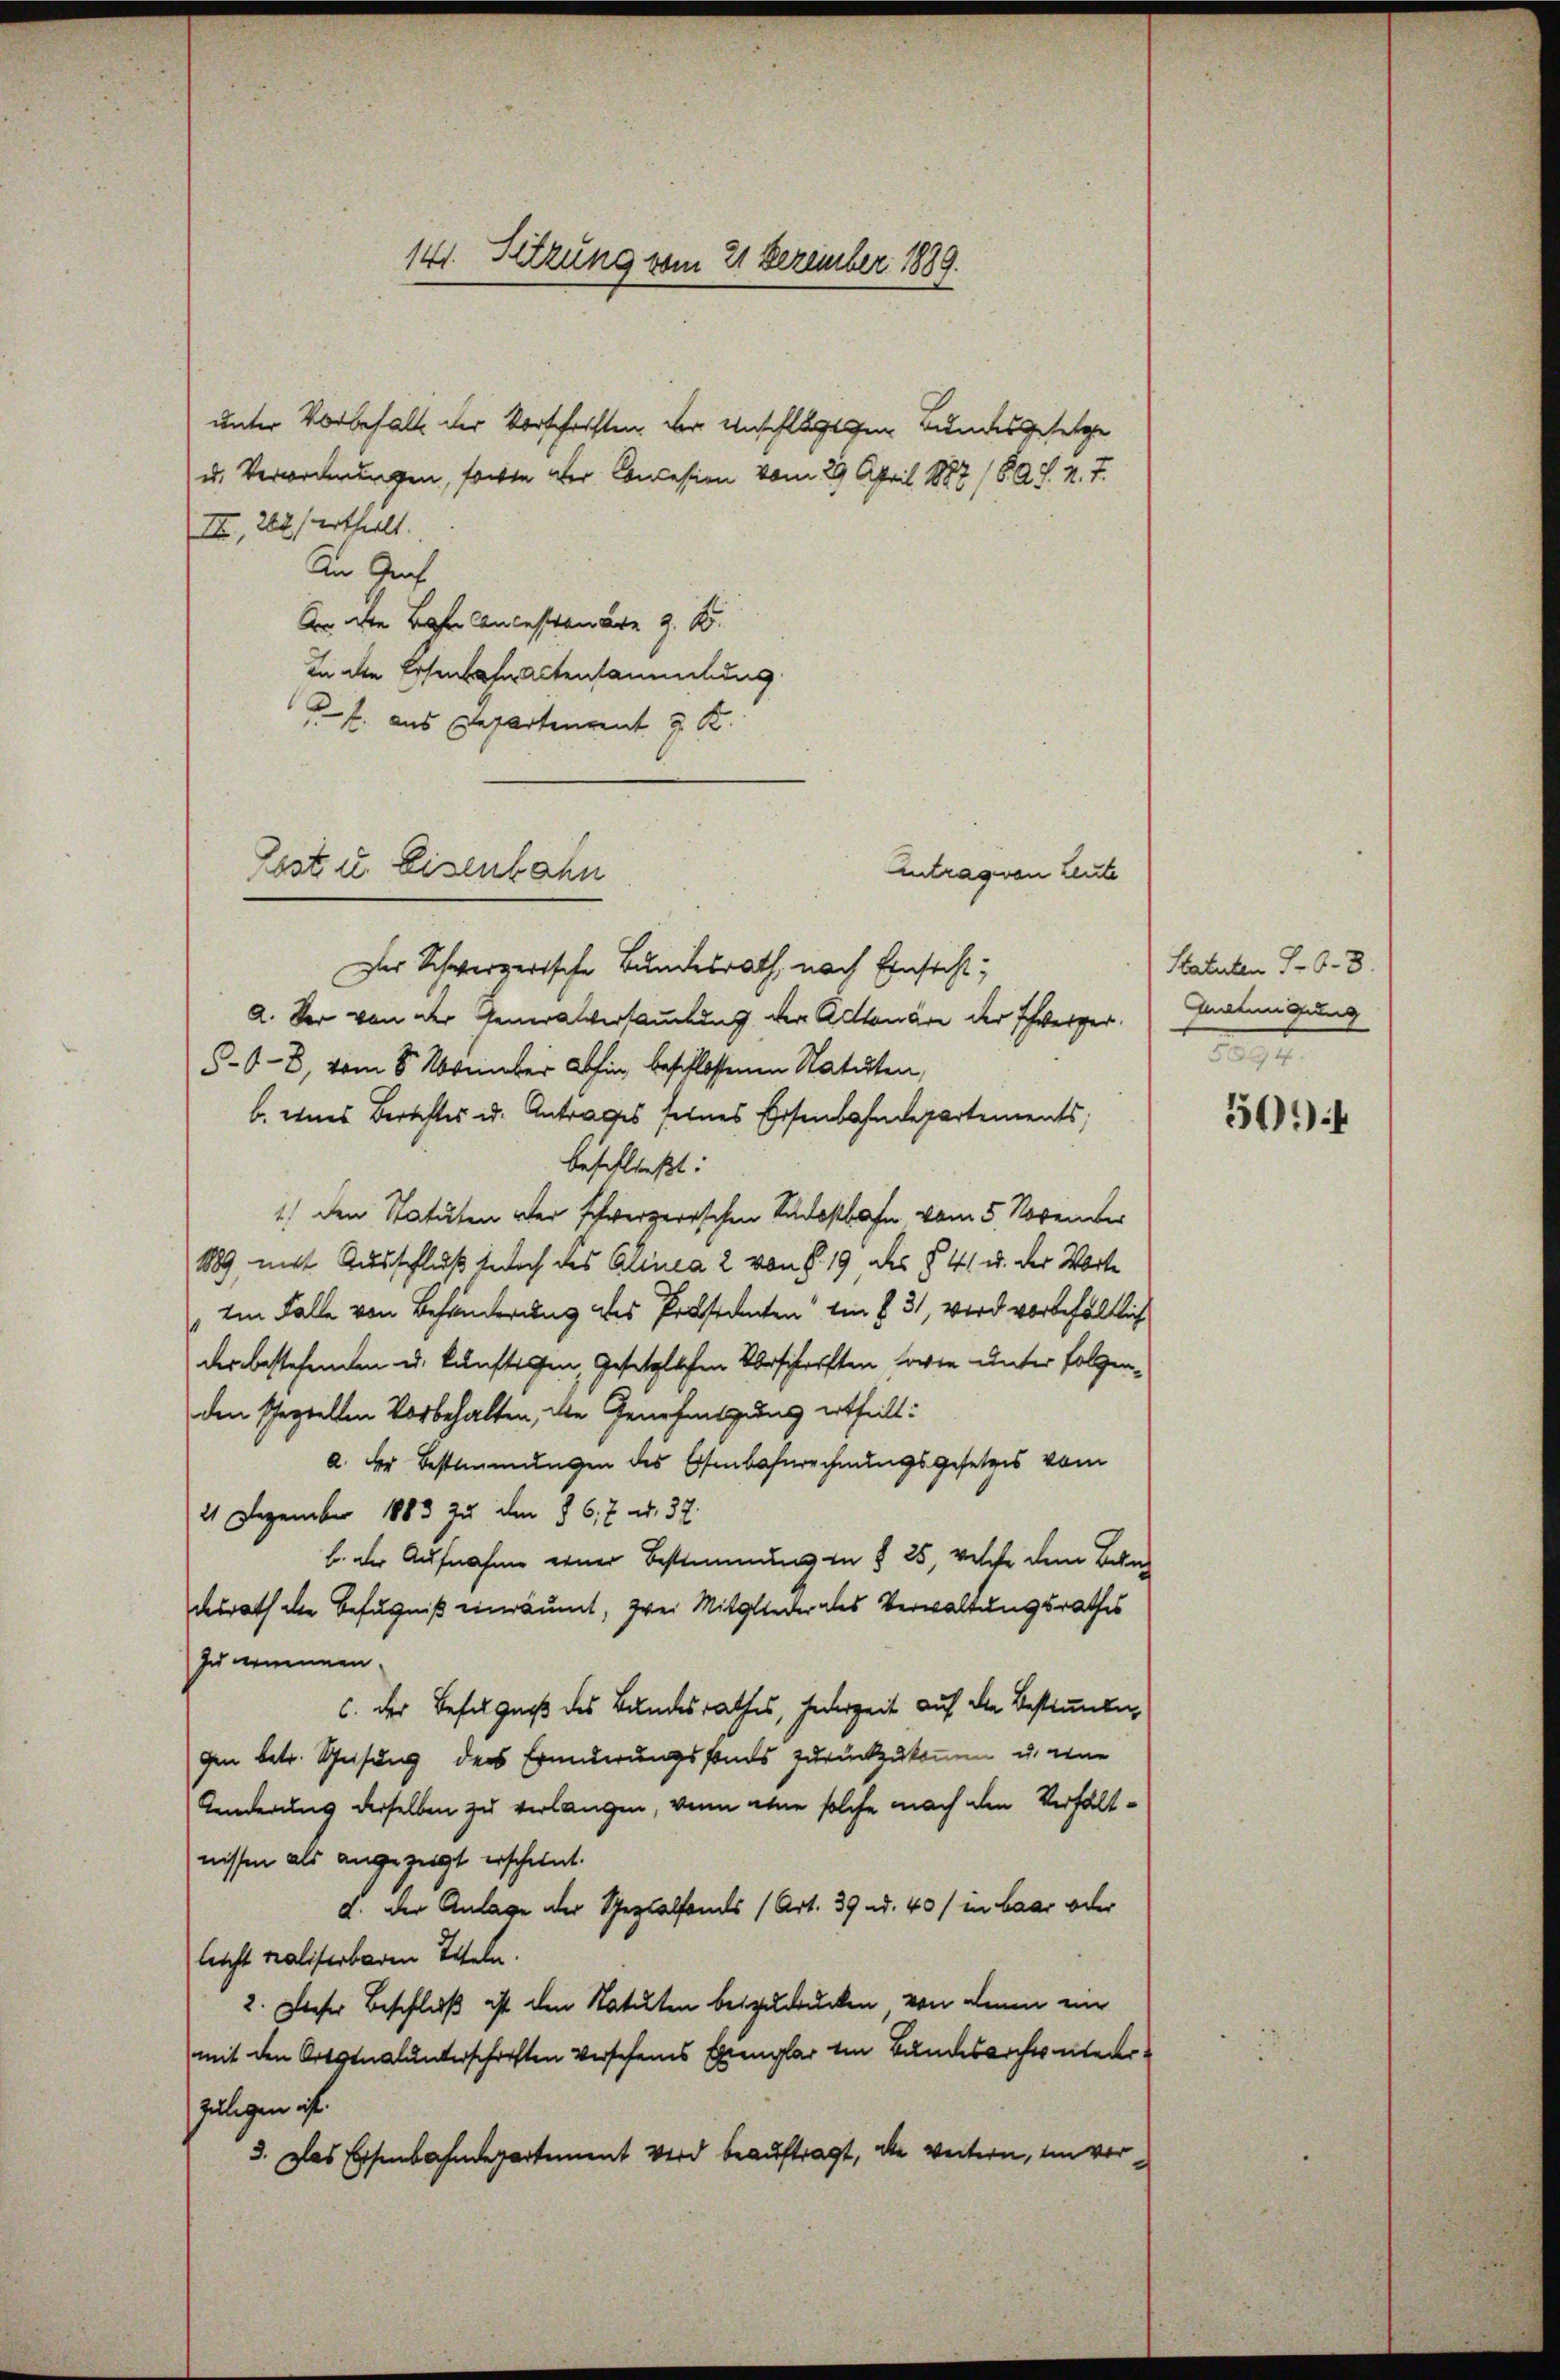
unter Vorbehalt der Vorschriften der Unschlägigen Bundesgesetze
u. Verordnungen, forte aber Concession vom 29. April 1887 (827. v. 7.
III, 262 ertheilt.
An Graf
An die Beher Anlastenare z. B.
In die Eisenbahn altensammlung
f. aus Departenrent J. K.

Post u. Eisenbahn

141. Setzung vom 21 Dezember 1889.

Antrag von Leute
Der Schwerzerische Bundesrath, nach Einsicht,
a. Der von der Generalversammlung der Actionäre der Schweizer
5-6-8, vom 8. November abhin beschlossenen Statuten,
b. eines Berichtes u. Antrages seines Eisenbahndepartements,
beschließt:
1.) den Statuten der schwerzerischen Südostbahn vom 5 November
889, mit Ausschluß nach des Alinea 2 von § 19, des § 41 u. der Worte
Im Falle von Behanderung des Präsidenten in § 31, wird vorbehältlich
der bestehenden u. künftigen, Gesetzlichen Vorschriften sowie unter folgenden speziellen Vorbehalten, die Genehmigung ertheilt:
a. der Bestimmungen des Eisenbahnrechnungsgesetzes vom
21 Dezember 1883 zu den § 6, 7 u. 32.
b. der Aufnahme einer Bestimmung in § 25, welche dem Ban
desrath die Befugniß einräumt, zwei Mitglieder des Verwaltungsrathes
) zu ernennen.
C. der Befugniß des Bundesrathes, jederzeit auf die Bestimmung
gen betr. Gesung der Erinderungsfonds zurückzukommen, u. eine
Kinderung derselben zu verlangen, wenn eine solche nach den Verhältnissen als angezeigt erschient.
d. Der Anlage der Spezialfames (Art. 39 d. 40 / in baar oder
leicht realiserbaren Titeln.
2. Dieser Beschluß ist den Statuten beizudrucken, von denen ein
mit den Ortginalunterschriften versehenes Exemplar von Bundesarches niederzulegen ist.
3. Das Eisenbahndepartement wird beauftragt, die weitern, ein vor¬

Statuten S. 68.
Gnatingung

504